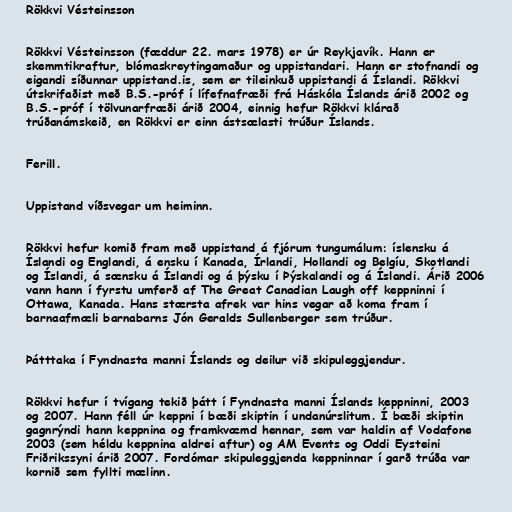
Rökkvi Vésteinsson

Rökkvi Vésteinsson (fæddur 22. mars 1978) er úr Reykjavík. Hann er
skemmtikraftur, blómaskreytingamaður og uppistandari. Hann er stofnandi og
eigandi síðunnar uppistand.is, sem er tileinkuð uppistandi á Íslandi. Rökkvi
útskrifaðist með B.S.-próf í lífefnafræði frá Háskóla Íslands árið 2002 og
B.S.-próf í tölvunarfræði árið 2004, einnig hefur Rökkvi klárað
trúðanámskeið, en Rökkvi er einn ástsælasti trúður Íslands.

Ferill.

Uppistand víðsvegar um heiminn.

Rökkvi hefur komið fram með uppistand á fjórum tungumálum: íslensku á
Íslandi og Englandi, á ensku í Kanada, Írlandi, Hollandi og Belgíu, Skotlandi
og Íslandi, á sænsku á Íslandi og á þýsku í Þýskalandi og á Íslandi. Árið 2006
vann hann í fyrstu umferð af The Great Canadian Laugh off keppninni í
Ottawa, Kanada. Hans stærsta afrek var hins vegar að koma fram í
barnaafmæli barnabarns Jón Geralds Sullenberger sem trúður.

Þátttaka í Fyndnasta manni Íslands og deilur við skipuleggjendur.

Rökkvi hefur í tvígang tekið þátt í Fyndnasta manni Íslands keppninni, 2003
og 2007. Hann féll úr keppni í bæði skiptin í undanúrslitum. Í bæði skiptin
gagnrýndi hann keppnina og framkvæmd hennar, sem var haldin af Vodafone
2003 (sem héldu keppnina aldrei aftur) og AM Events og Oddi Eysteini
Friðrikssyni árið 2007. Fordómar skipuleggjenda keppninnar í garð trúða var
kornið sem fyllti mælinn.